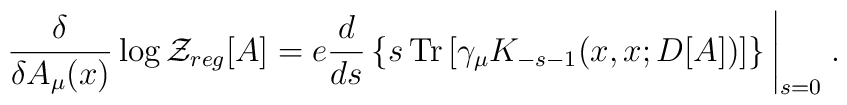
\frac {\delta}{\delta A_{\mu}(x)}\log {\cal{Z}}_{reg}[A]=e\frac{d}{ds}\left\{s\, \mbox{Tr}\left[\gamma_{\mu}K_{-s-1}(x,x;D[A]) \right]\right\} \left|\rule[-0.4cm]{0cm}{.4cm}_{s=0}\right. .